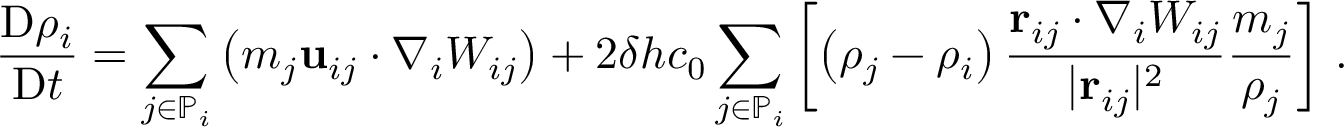
\frac { \mathrm { D } \rho _ { i } } { \mathrm { D } t } = \sum _ { j \in \mathbb { P } _ { i } } \left( m _ { j } \mathbf { u } _ { i j } \cdot \nabla _ { i } W _ { i j } \right) + 2 \delta h c _ { 0 } \sum _ { j \in \mathbb { P } _ { i } } \left[ \left( \rho _ { j } - \rho _ { i } \right) \frac { \mathbf { r } _ { i j } \cdot \nabla _ { i } W _ { i j } } { \vert \mathbf { r } _ { i j } \vert ^ { 2 } } \frac { m _ { j } } { \rho _ { j } } \right] \, .